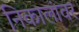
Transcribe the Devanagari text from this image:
निकालांवर